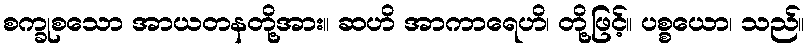
စက္ခုစသော အာယတနတို့အား။ ဆဟိ အာကာရေဟိ၊ တို့ဖြင့်။ ပစ္စယော၊ သည်။